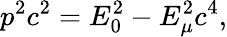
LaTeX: p^{2}c^{2}=E_{0}^{2}-E_{\mu}^{2}c^{4},